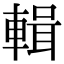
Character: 輯